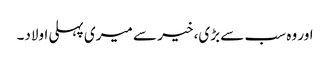
اور وہ سب سے بڑی، خیر سے میری پہلی اولاد۔